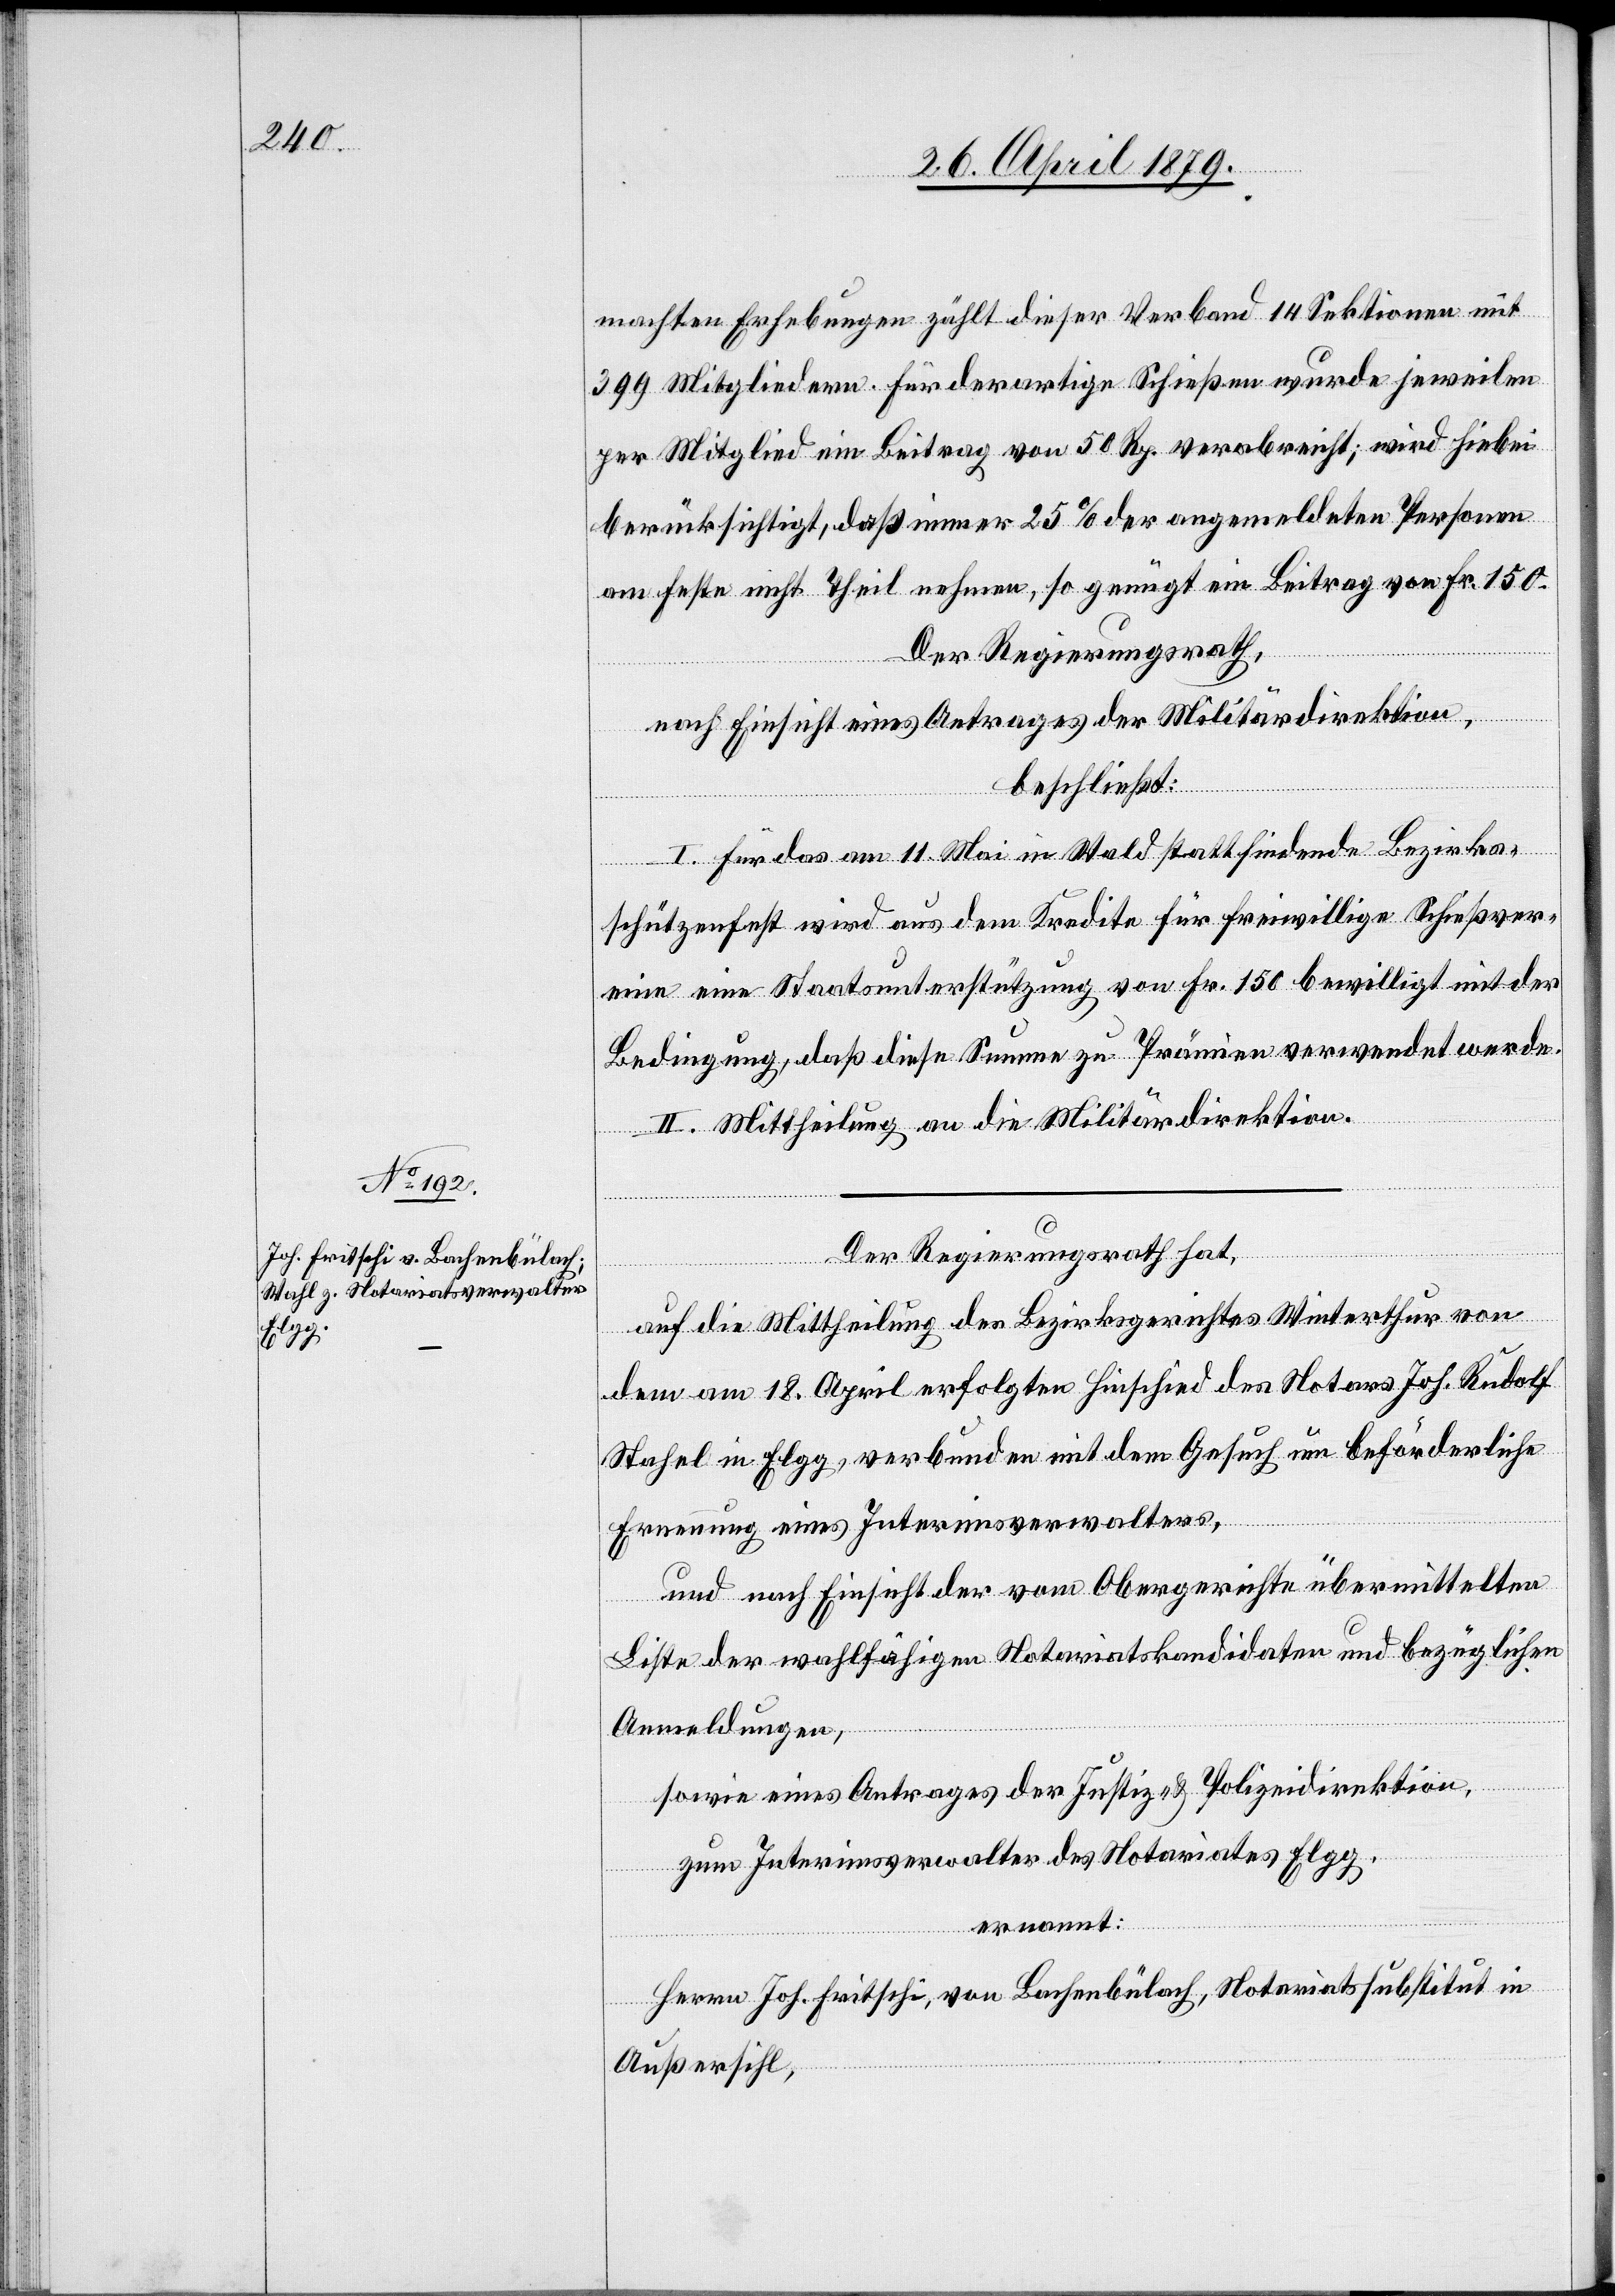
machten Erhebungen zählt dieser Verband 14 Sektionen mit
399 Mitgliedern. Für derartige Schießen wurde jeweilen
per Mitglied ein Beitrag von 50 Rp. verabreicht; wird hiebei
berücksichtigt, daß immer 25% der angemeldeten Personen
am Feste nicht Theil nehmen, so genügt ein Betrag von Fr. 150.
Der Regierungsrath,
nach Einsicht eines Antrages der Militärdirektion,
beschließt:
I. Für das am 11. Mai in Wald stattfindende Bezirks¬
schützenfest wird aus dem Kredite für freiwillige Schießver¬
eine eine Staatsunterstützung von Fr. 150 bewilligt mit der
Bedingung, daß diese Summe zu Prämien verwendet werde.
II. Mittheilung an die Militärdirektion.
Der Regierungsrath hat,
auf die Mittheilung des Bezirksgerichtes Winterthur von
dem am 18. April erfolgten Hinschied des Notars Joh. Rudolf
Stahel in Elgg, verbunden mit dem Gesuch um beförderliche
Ernennung eines Interimsverwalters,
und nach Einsicht der vom Obergericht übermittelten
Liste der wahlfähigen Notariatskandidaten und bezüglichen
Anmeldungen,
sowie eines Antrages der Justiz- & Polizeidirektion,
zum Interimsverwalter des Notariates Elgg,
ernannt:
Herrn Joh. Fritschi, von Bachenbülach, Notariatssubstitut in
Außersihl,